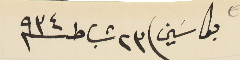
بكاسَين فى ٢٣ شباط سنة ٩٣٤